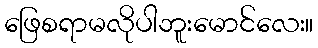
ဖြေစရာမလိုပါဘူးမောင်လေး။